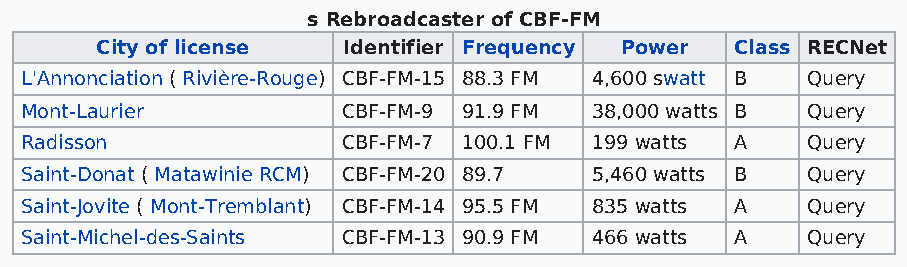
s Rebroadcaster of CBF-FM
 City of license  Identifier Frequency Power Class RECNet
 L'Annonciation ( Rivière-Rouge) CBF-FM-15 88.3 FM 4,600 swatt B Query
 Mont-Laurier          CBF-FM-9 91.9 FM 38,000 watts B Query
 Radisson              CBF-FM-7 100.1 FM 199 watts A Query
 Saint-Donat ( Matawinie RCM) CBF-FM-20 89.7 5,460 watts B Query
 Saint-Jovite ( Mont-Tremblant) CBF-FM-14 95.5 FM 835 watts A Query
 Saint-Michel-des-Saints CBF-FM-13 90.9 FM 466 watts A Query